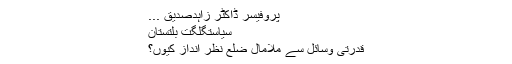
پروفیسر ڈاکٹر زاہدصدیق ...
سیاستگلگت بلتستان
قدرتی وسائل سے ملامال ضلع نظر انداز کیوں؟